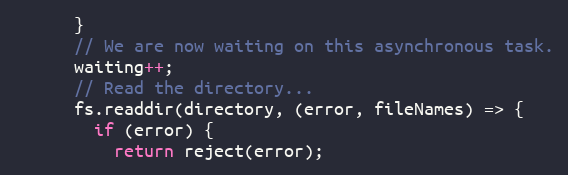
Language: JavaScript
      }
      // We are now waiting on this asynchronous task.
      waiting++;
      // Read the directory...
      fs.readdir(directory, (error, fileNames) => {
        if (error) {
          return reject(error);